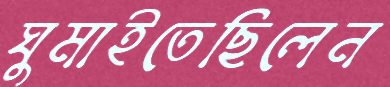
ঘুমাইতেছিলেন